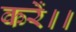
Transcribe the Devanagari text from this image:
करें।।